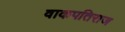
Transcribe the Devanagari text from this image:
वाकपतिराज